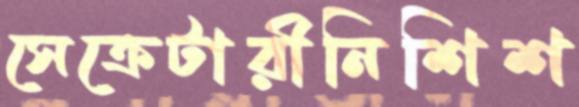
সেক্রেটারীনিশিশ